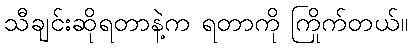
သီချင်းဆိုရတာနဲ့က ရတာကို ကြိုက်တယ်။